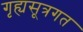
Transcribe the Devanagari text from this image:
गृह्यसूत्रगत